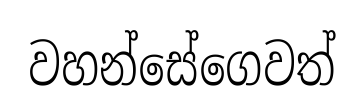
වහන්සේගෙවත්